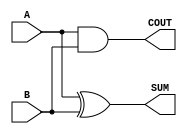
module Parameterized_Half_Adder #(parameter WIDTH = 1) (
    input  wire [WIDTH-1:0] A,   // First operand
    input  wire [WIDTH-1:0] B,   // Second operand
    output wire [WIDTH-1:0] SUM,  // Sum output
    output wire COUT              // Carry-out output
);

    // Calculate the SUM output as the bitwise XOR of A and B
    assign SUM = A ^ B;

    // Calculate the COUT output as the bitwise AND of A and B
    assign COUT = |(A & B); // Use reduction OR to check if any bits generated a carry

endmodule